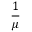
\frac { 1 } { \mu }